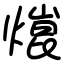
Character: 熴